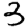
Digit: 3